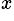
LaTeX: ^x